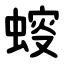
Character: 䗏